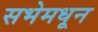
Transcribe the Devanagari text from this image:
सभेमधून